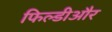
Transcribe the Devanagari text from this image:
फिल्डीऔर